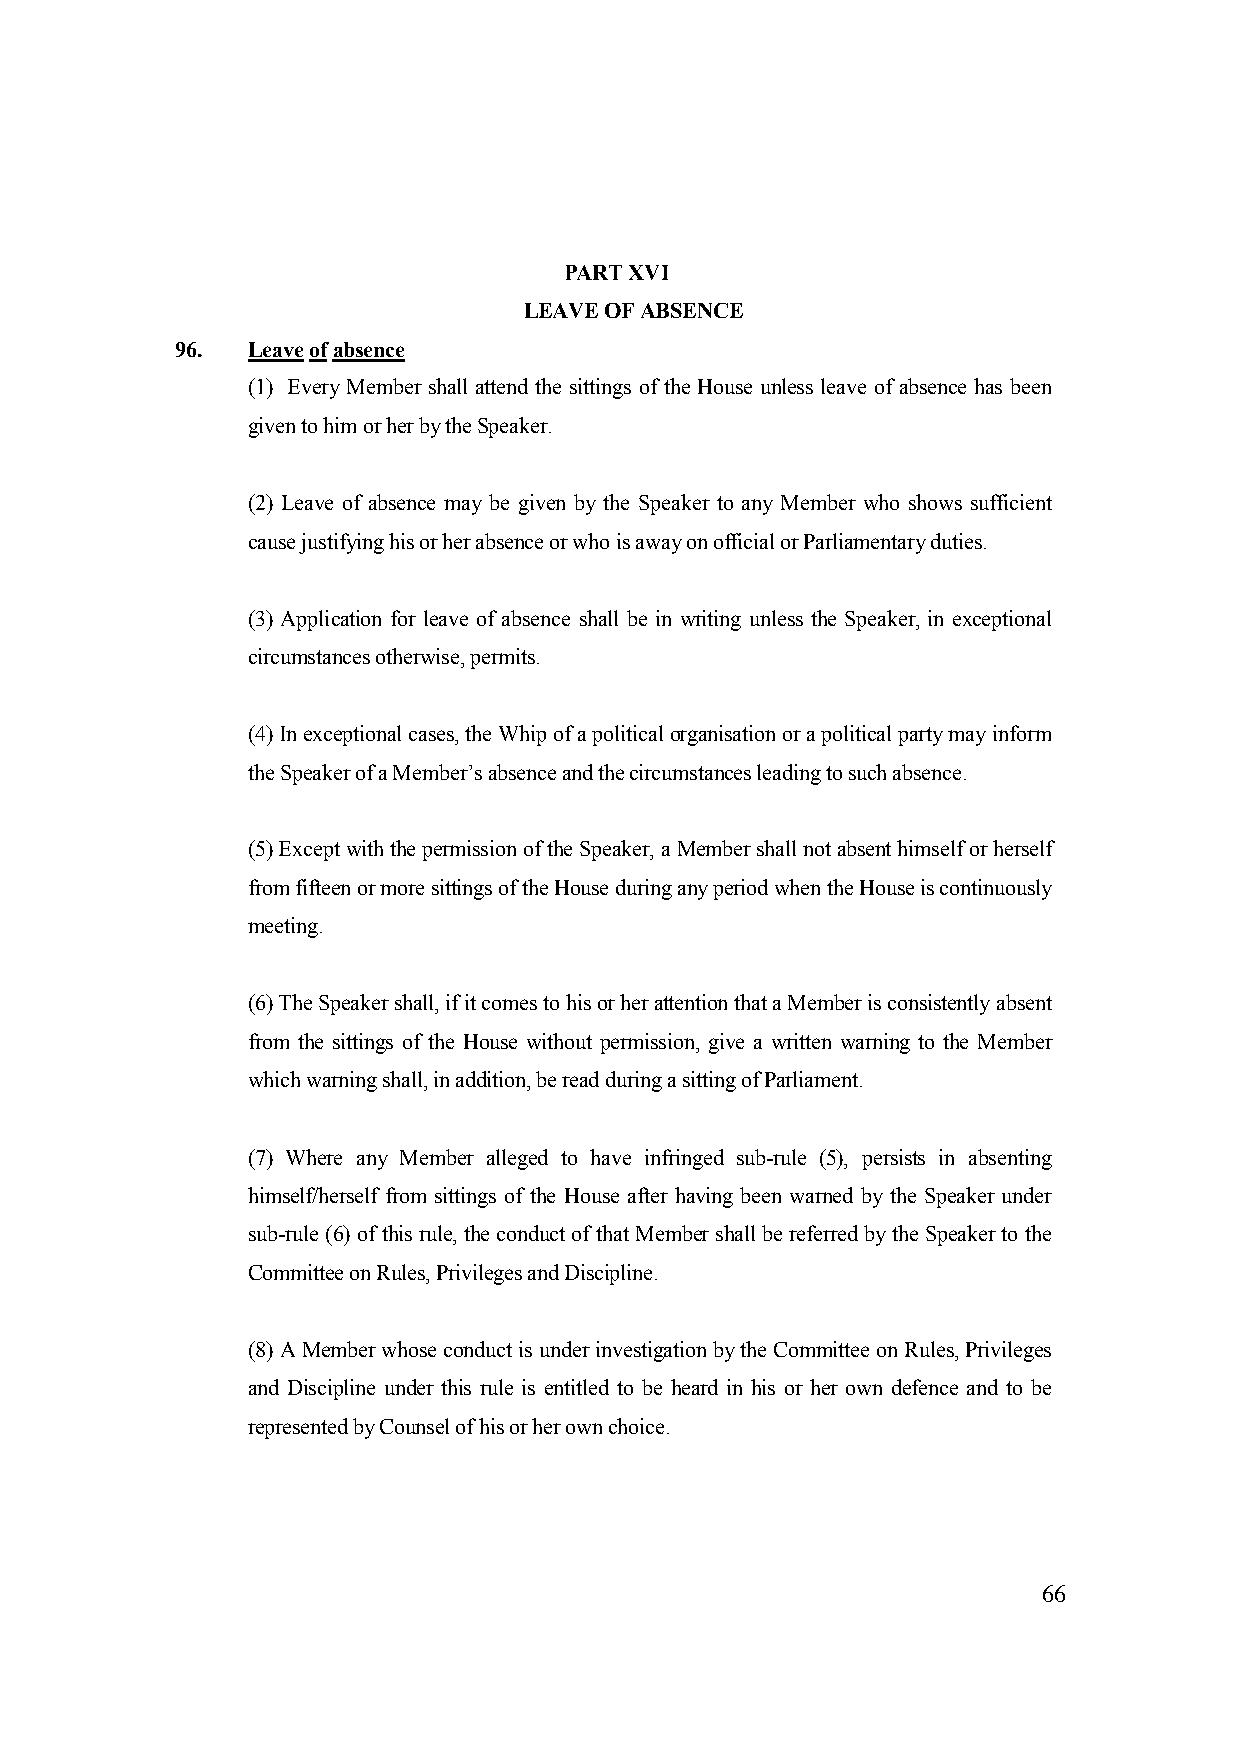
PART XVI
 LEAVE OF ABSENCE
 96. Leave of absence
 (1) Every Member shall attend the sittings of the House unless leave of absence has been
 given to him or her by the Speaker.
 (2) Leave of absence may be given by the Speaker to any Member who shows sufficient
 cause justifying his or her absence or who is away on official or Parliamentary duties.
 (3) Application for leave of absence shall be in writing unless the Speaker, in exceptional
 circumstances otherwise, permits.
 (4) In exceptional cases, the Whip of a political organisation or a political party may inform
 the Speaker of a Member’s absence and the circumstances leading to such absence.
 (5) Except with the permission of the Speaker, a Member shall not absent himself or herself
 from fifteen or more sittings of the House during any period when the House is continuously
 meeting.
 (6) The Speaker shall, if it comes to his or her attention that a Member is consistently absent
 from the sittings of the House without permission, give a written warning to the Member
 which warning shall, in addition, be read during a sitting of Parliament.
 (7) Where any Member alleged to have infringed sub-rule (5), persists in absenting
 himself/herself from sittings of the House after having been warned by the Speaker under
 sub-rule (6) of this rule, the conduct of that Member shall be referred by the Speaker to the
 Committee on Rules, Privileges and Discipline.
 (8) A Member whose conduct is under investigation by the Committee on Rules, Privileges
 and Discipline under this rule is entitled to be heard in his or her own defence and to be
 represented by Counsel of his or her own choice.
 66